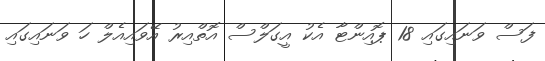
ފަސް ވަނައިގައި 18 ޕޮއިންޓާ އެކު އީގަލްސް އޮތްއިރު އޭވައިއެލް ހަ ވަނައިގައި